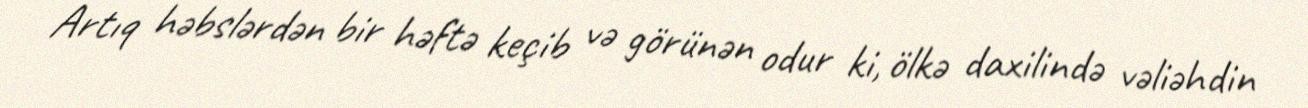
Artıq həbslərdən bir həftə keçib və görünən odur ki, ölkə daxilində vəliəhdin